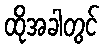
ထိုအခါတွင်